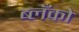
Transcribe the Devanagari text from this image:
ब्लँको